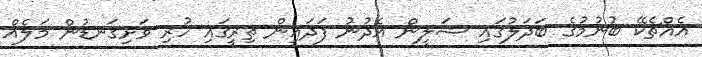
އެއްޗެކޭ ބުނުމުގެ ބަދަލުގައި ޝަލީން އެދުނު ފަދައިން ތިރީގައި ހުރި ވަށިގަނޑުން މަލެއް